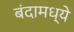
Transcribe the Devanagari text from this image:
बंदामध्ये